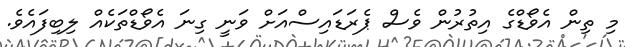
މި ތިން އެވޯޑްގެ އިތުރުން ވެސް ޕެރަޑައިސްއަށް ވަނީ ގިނަ އެވޯޑްތަކެއް ލިބިފައެވެ.